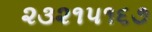
૨૩૨૧૫૧૬૭